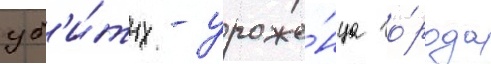
уб'и́тых - уроже́нца го́рода